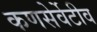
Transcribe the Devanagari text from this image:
कणसेर्वेटीव